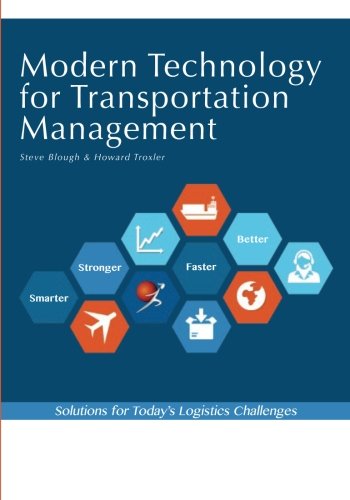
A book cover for Modern Technology for Transportation Management; Steve Blough; Business & Money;